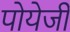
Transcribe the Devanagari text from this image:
पोयेजी